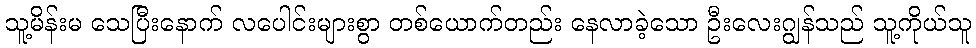
သူ့မိန်းမ သေပြီးနောက် လပေါင်းများစွာ တစ်ယောက်တည်း နေလာခဲ့သော ဦးလေးဂျွန်သည် သူ့ကိုယ်သူ